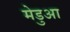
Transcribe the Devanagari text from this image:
मेडुआ